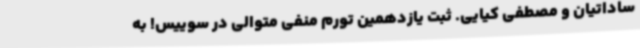
ساداتیان و مصطفی کیایی. ثبت یازدهمین تورم منفی متوالی در سوییس! به